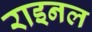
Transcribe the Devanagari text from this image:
राइनल